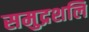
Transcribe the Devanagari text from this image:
समुद्रशलि